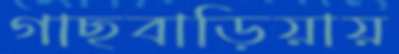
গাছবাড়িয়ায়